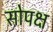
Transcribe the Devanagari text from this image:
सोपक्ष